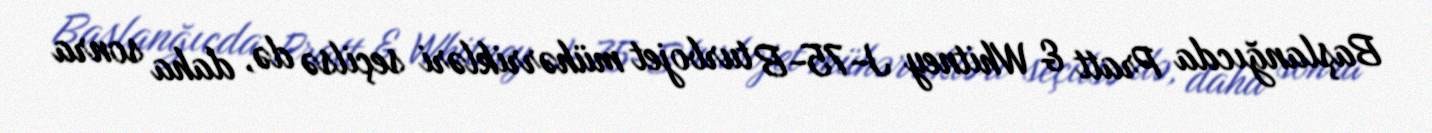
Başlanğıcda Pratt & Whitney J-75-B turbojet mühərrikləri seçilsə də, daha sonra